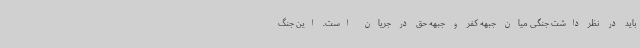
باید در نظر داشت جنگی میان جبهه کفر و جبهه حق در جریان است. این جنگ